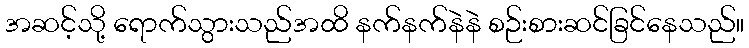
အဆင့်သို့ ရောက်သွားသည်အထိ နက်နက်နဲနဲ စဉ်းစားဆင်ခြင်နေသည်။